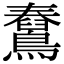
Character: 𪆊